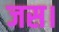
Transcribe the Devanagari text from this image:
जस।